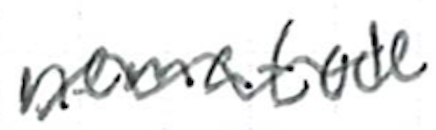
Text: nematode
Cross-out: wave
Writing tool: ballpoint